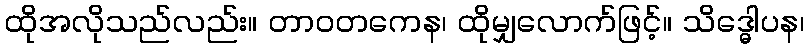
ထိုအလိုသည်လည်း။ တာဝတကေန၊ ထိုမျှလောက်ဖြင့်။ သိဒ္ဓေါပန၊